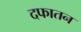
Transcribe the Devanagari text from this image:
दफातन